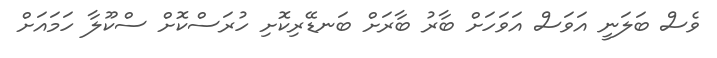
ވެސް ބަލަނީ އަވަސް އަވަހަށް ބާރު ބާރަށް ބަނޑޭރިކޮށި ހުރަސްކޮށް ސްކޫލާ ހަމައަށް